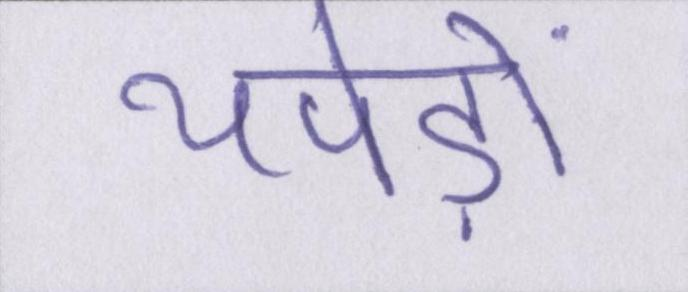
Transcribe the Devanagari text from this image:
थपेड़ों